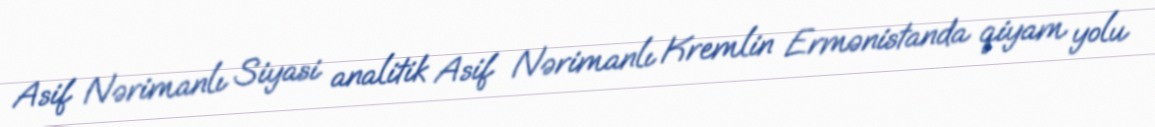
Asif Nərimanlı Siyasi analitik Asif Nərimanlı Kremlin Ermənistanda qiyam yolu